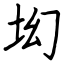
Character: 㘭